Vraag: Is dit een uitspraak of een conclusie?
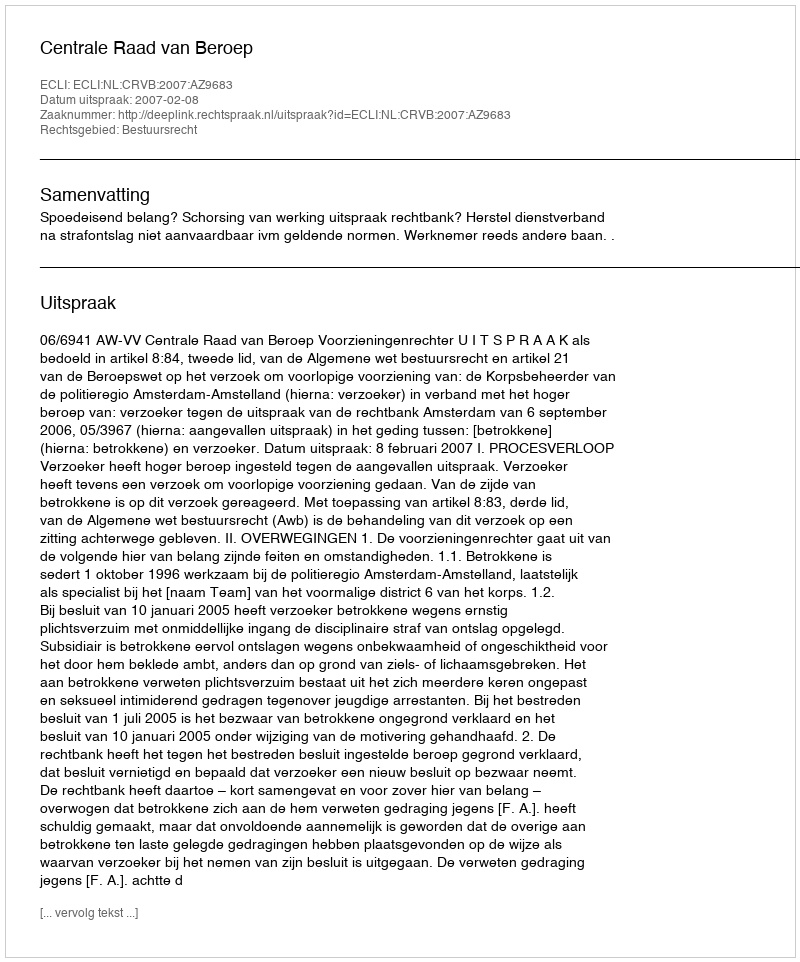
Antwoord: Uitspraak